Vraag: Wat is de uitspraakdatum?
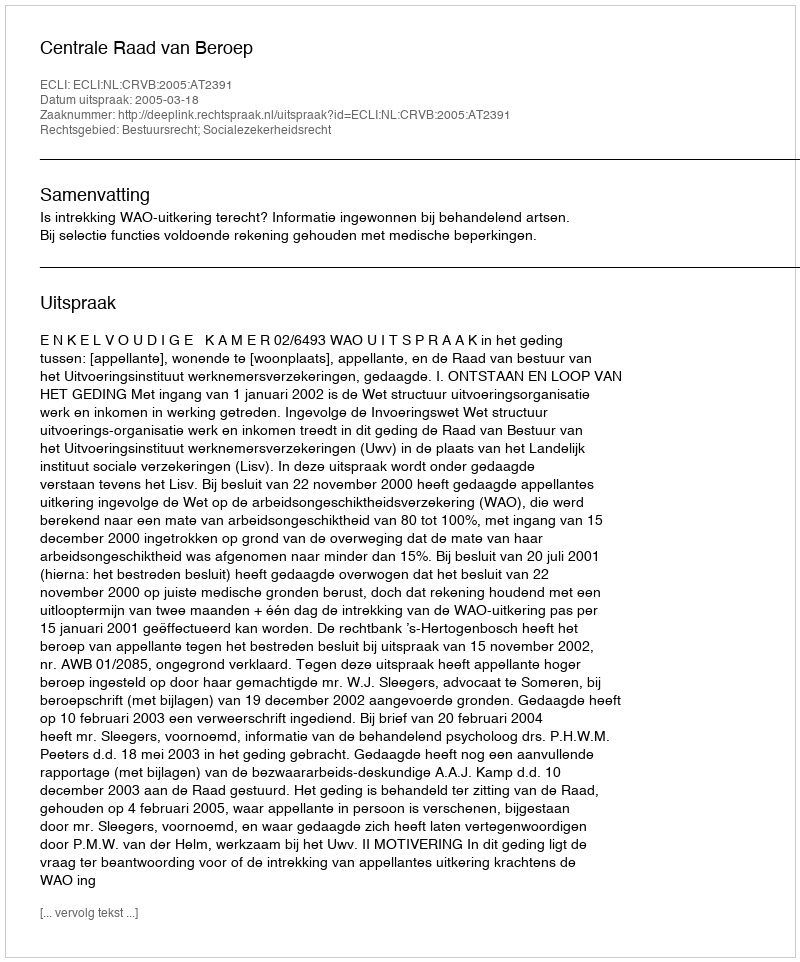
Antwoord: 2005-03-18